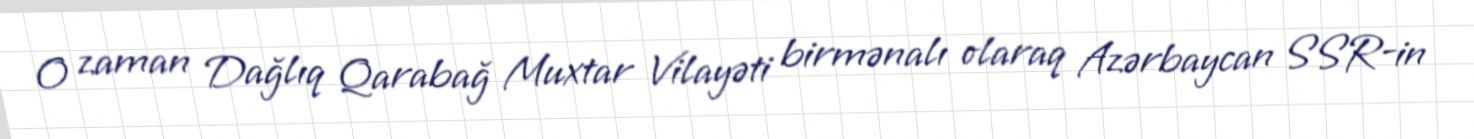
O zaman Dağlıq Qarabağ Muxtar Vilayəti birmənalı olaraq Azərbaycan SSR-in